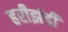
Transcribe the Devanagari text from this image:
हरीझंडी